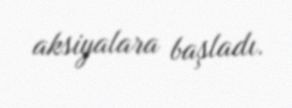
aksiyalara başladı.